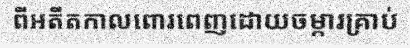
ពីអតីតកាលពោរពេញដោយចម្ការគ្រាប់